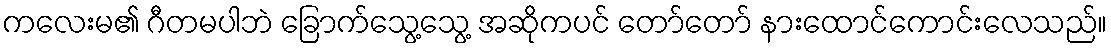
ကလေးမ၏ ဂီတမပါဘဲ ခြောက်သွေ့သွေ့ အဆိုကပင် တော်တော် နားထောင်ကောင်းလေသည်။